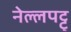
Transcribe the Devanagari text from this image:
नेल्‍लपट्टु